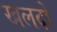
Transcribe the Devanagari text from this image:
खलदों